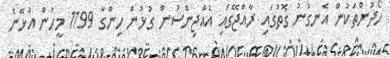
ހޯދުންތަކުން އެނގުނު ގޮތުގައި ރާއްޖޭގައި އެއްޖިންސުން ގުޅުން ހިންގާ 1199 މީހުން އުޅޭނެ